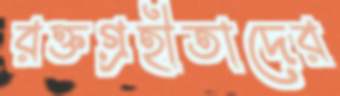
রক্তগ্রহীতাদের